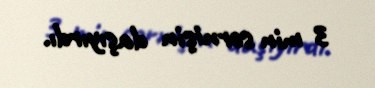
3 min sərnişin daşıyırdı.